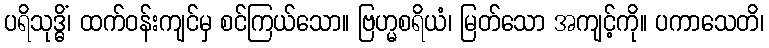
ပရိသုဒ္ဓိံ၊ ထက်ဝန်းကျင်မှ စင်ကြယ်သော။ ဗြဟ္မစရိယံ၊ မြတ်သော အကျင့်ကို။ ပကာသေတိ၊